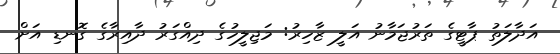
އަދާލަތު ޕާޓީގެ ތަރުޖަމާނު އަލީ ޒާހިރު: މަޖިލީހުގެ ދިއްގަރު ދާއިރާގެ ގޮނޑި އަށް